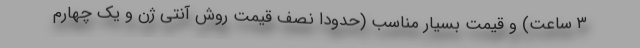
۳ ساعت) و قیمت بسیار مناسب (حدودا نصف قیمت روش آنتی ژن و یک چهارم